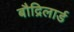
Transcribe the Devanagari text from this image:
बौद्रिलार्ड